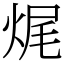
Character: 𤈦